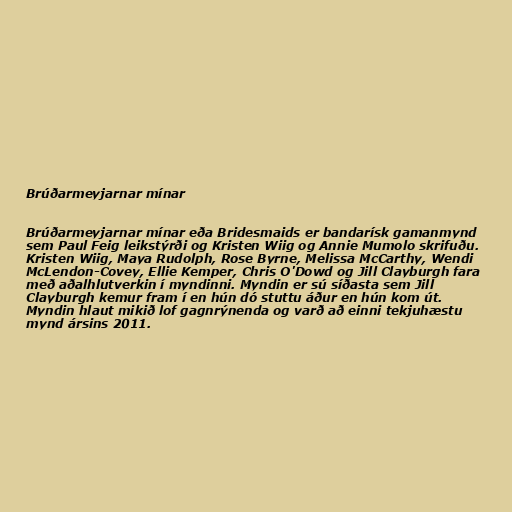
Brúðarmeyjarnar mínar

Brúðarmeyjarnar mínar eða Bridesmaids er bandarísk gamanmynd
sem Paul Feig leikstýrði og Kristen Wiig og Annie Mumolo skrifuðu.
Kristen Wiig, Maya Rudolph, Rose Byrne, Melissa McCarthy, Wendi
McLendon-Covey, Ellie Kemper, Chris O'Dowd og Jill Clayburgh fara
með aðalhlutverkin í myndinni. Myndin er sú síðasta sem Jill
Clayburgh kemur fram í en hún dó stuttu áður en hún kom út.
Myndin hlaut mikið lof gagnrýnenda og varð að einni tekjuhæstu
mynd ársins 2011.